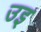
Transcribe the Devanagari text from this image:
उइ